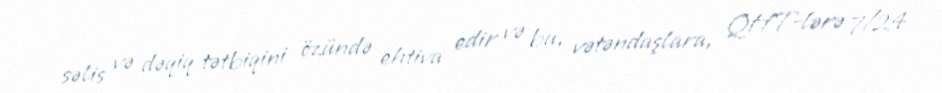
səlis və dəqiq tətbiqini özündə ehtiva edir və bu, vətəndaşlara, QHT-lərə 7/24